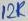
Text: 12K